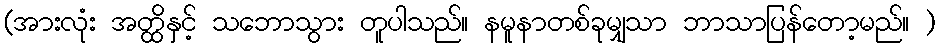
(အားလုံး အတ္ထိနှင့် သဘောသွား တူပါသည်။ နမူနာတစ်ခုမျှသာ ဘာသာပြန်တော့မည်။ )